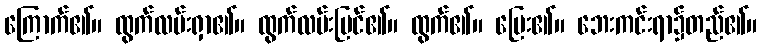
ကြောက်၏။ ထွက်လမ်းရှာ၏။ ထွက်လမ်းမြင်၏။ ထွက်၏။ ပြေး၏။ ဘေးကင်းရာ၌တည်၏။